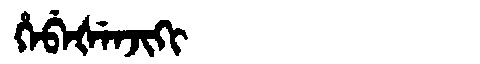
Manchu: ᡥᡝᠪᡝᡧᡝᠨᠵᡳᡴᡳ
Romanization: HEBEŠENJIKI